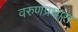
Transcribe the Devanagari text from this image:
वरुणप्रघास